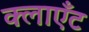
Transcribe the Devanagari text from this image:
क्लाएँट